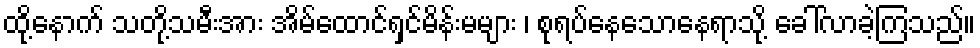
ထို့နောက် သတို့သမီးအား အိမ်ထောင်ရှင်မိန်းမများ ၊ စုရပ်နေသောနေရာသို့ ခေါ်လာခဲ့ကြသည်။